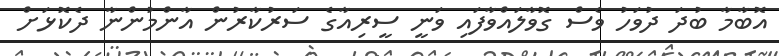
އޮބާމާ ބުދަ ދުވަހު ވެސް ގޮވާލައްވާފައި ވަނީ ސީރިއާގެ ސަރުކާރުން އާންމުންނާ ދެކޮޅަށް